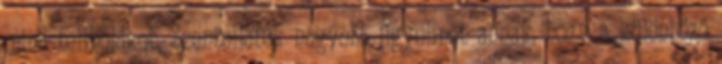
mind teliholdkor. Szenteljetek nagyobb figyelmet annak, hogy a különböző